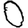
Digit: 0